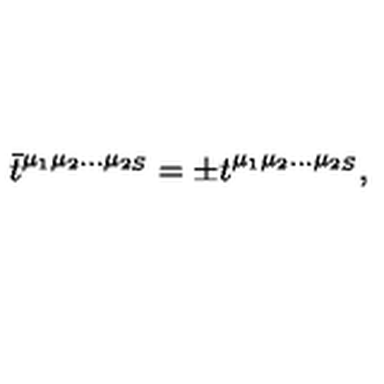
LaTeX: \bar { t } ^ { \mu _ { 1 } \mu _ { 2 } \ldots \mu _ { 2 S } } = \pm t ^ { \mu _ { 1 } \mu _ { 2 } \ldots \mu _ { 2 S } } ,